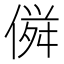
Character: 𠌏